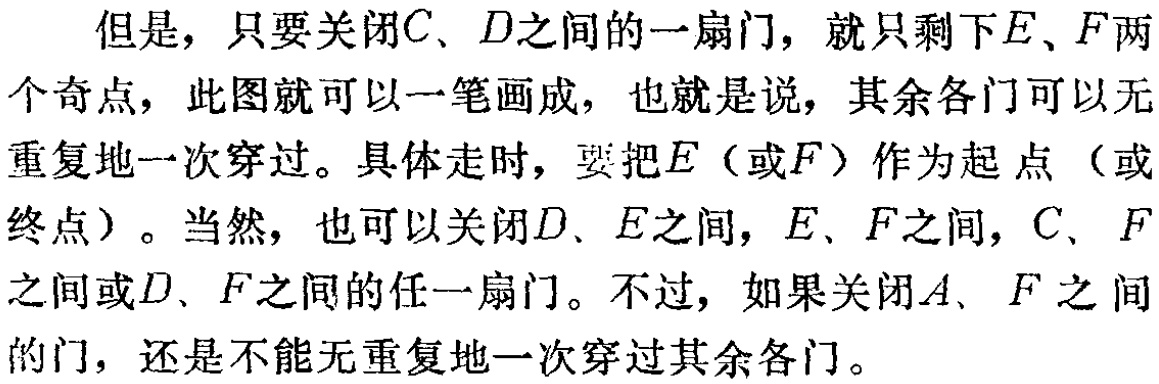
但是，只要关闭\(C、D\)之间的一扇门，就只剩下\(E、F\)两个奇点，此图就可以一笔画成，也就是说，其余各门可以无重复地一次穿过。具体走时，要把\(E\)（或\(F\)）作为起点（或终点）。当然，也可以关闭\(D、E\)之间，\(E、F\)之间，\(C、F\)之间或\(D、F\)之间的任一扇门。不过，如果关闭\(A、F\)之间的门，还是不能无重复地一次穿过其余各门。